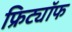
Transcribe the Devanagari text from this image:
फ्रिट्यॉफ